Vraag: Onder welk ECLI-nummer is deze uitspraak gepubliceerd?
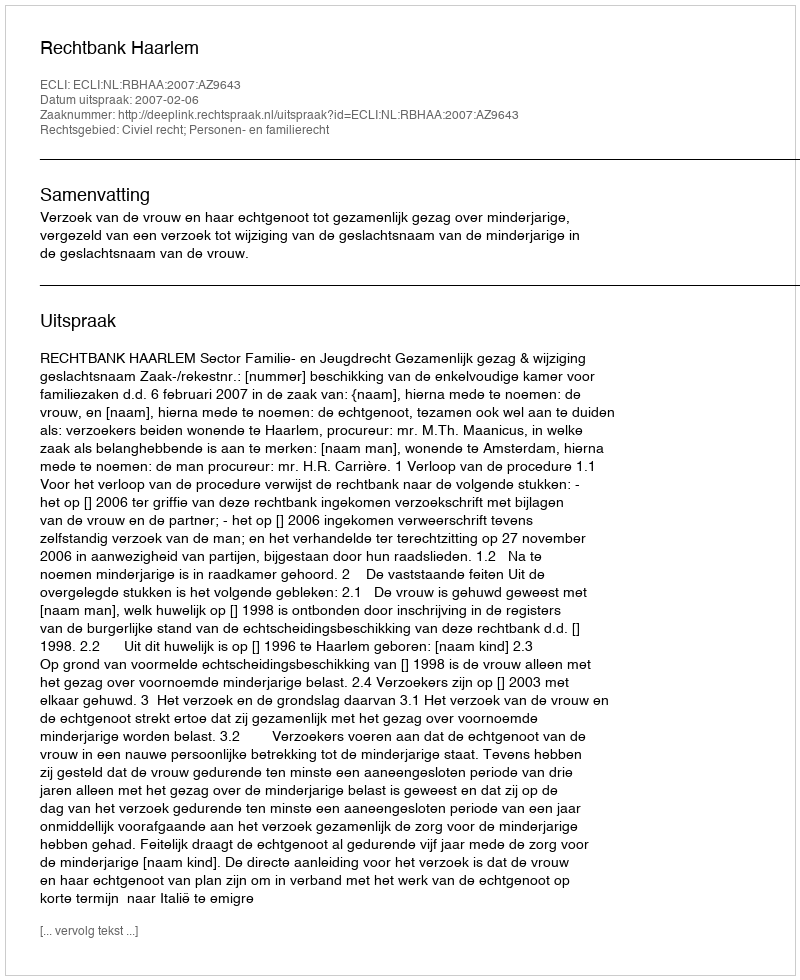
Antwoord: ECLI:NL:RBHAA:2007:AZ9643